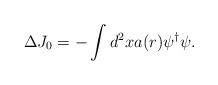
LaTeX: \begin{align*}\Delta J_0 = -\int d^2x a(r) \psi^\dagger\psi .\end{align*}